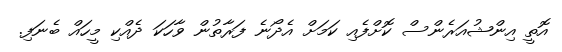
އޮތީ އިންޝުއަރެންސް ކޮށްފެއި ކަމަށް އެދޯނެ ފަރާތުން ވާހަކަ ދެއްކި މީހައް ބެނަފި.